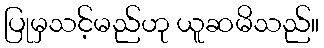
ပြုမှသင့်မည်ဟု ယူဆမိသည်။